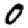
Digit: 0